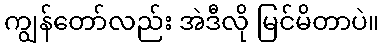
ကျွန်တော်လည်း အဲဒီလို မြင်မိတာပဲ။